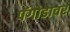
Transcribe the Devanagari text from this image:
पॅगोडावर